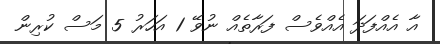
އާ އެއްފަދަ އެެއްވެސް ފަރާތެއް ނުވޭ 1 އަހަރު 5 މަސް ކުރިން